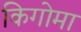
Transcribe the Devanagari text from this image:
किगोमा